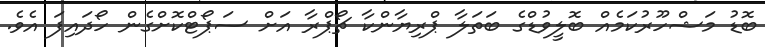
ބޮޑު މަޝްހޫރުކަމެއް ބޮލީވުޑްގެ ބަތަލާ ޕްރިޔާންކާ ޗޯޕްރާ އަށް ސަޕޯޓްކޮށްގެން ހޯދައިފަ އެވެ.